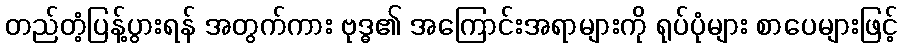
တည်တံ့ပြန့်ပွားရန် အတွက်ကား ဗုဒ္ဓ၏ အကြောင်းအရာများကို ရုပ်ပုံများ စာပေများဖြင့်